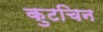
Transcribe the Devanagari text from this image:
कुटचिन